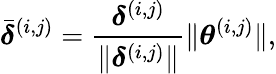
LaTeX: \bar{\boldsymbol\delta}^{(i,j)}=\frac{\boldsymbol\delta^{(i,j)}}{\lVert\boldsymbol\delta^{(i,j)}\rVert}\lVert\boldsymbol\theta^{(i,j)}\rVert,